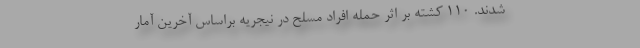
شدند. ۱۱۰ کشته بر اثر حمله افراد مسلح در نیجریه براساس آخرین آمار